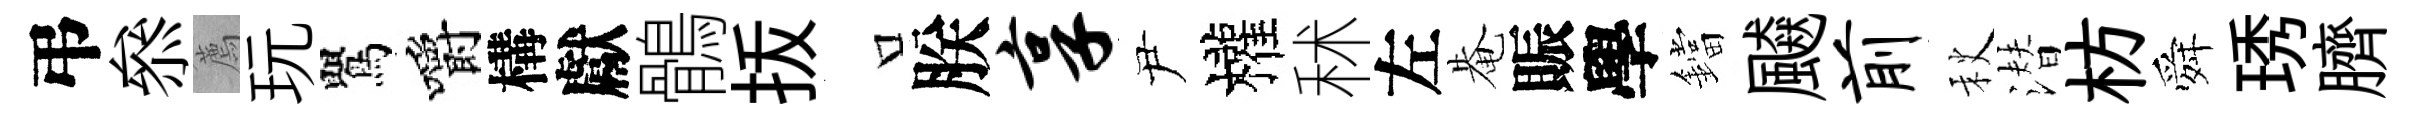
弔叅薦玩鸎嚼構獻鶻㧞口朕享尹權秫左𤲅賑學鐺飇前秋潜枋舜琇臍